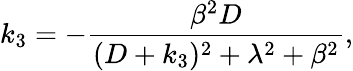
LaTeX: k_{3}=-\frac{\beta^{2}D}{(D+k_{3})^{2}+\lambda^{2}+\beta^{2}},